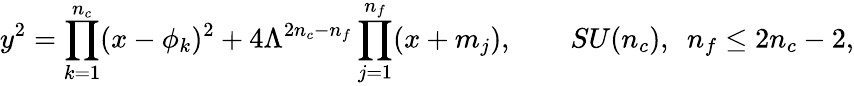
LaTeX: y^{2}=\prod_{k=1}^{n_{c}}(x-\phi_{k})^{2}+4\Lambda^{2n_{c}-n_{f}}\prod_{j=1}^{n_{f}}(x+m_{j}),\qquad SU(n_{c}),\, \, \, n_{f}\le 2n_{c}-2,